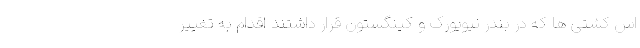
اس کشتی ها که در بندر نیویورک و کینگستون قرار داشتند اقدام به تغییر